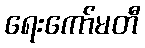
ရေးကော်မတီ